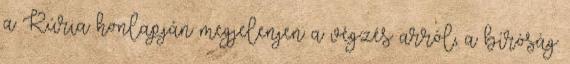
a Kúria honlapján megjelenjen a végzés arról, a bíróság